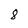
Character: 8